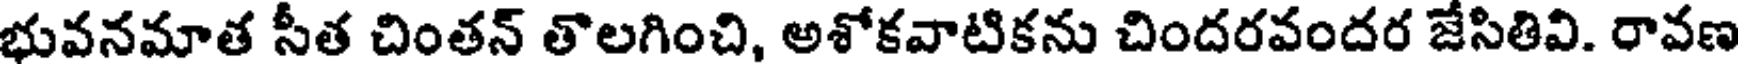
భువనమాత సీత చింతన్ తొలగించి, అశోకవాటికను చిందరవందర జేసితివి. రావణ